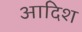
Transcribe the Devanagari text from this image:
आदिश